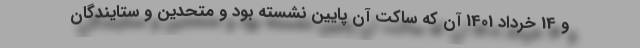
و 14 خرداد 1401 آن که ساکت آن پایین نشسته بود و متحدین و ستایندگان